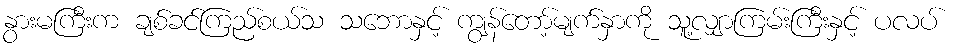
နွားမကြီးက ချစ်ခင်ကြည်စယ်သ သဘောနှင့် ကျွန်တော့်မျက်နှာကို သူ့လျှာကြမ်းကြီးနှင့် ပလပ်